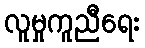
လူမှုကူညီရေး